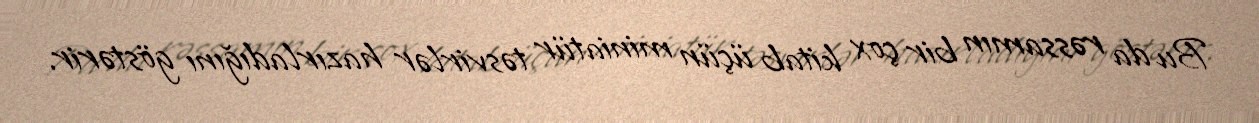
Bu da rəssamın bir çox kitab üçün miniatür təsvirlər hazırladığını göstərir.